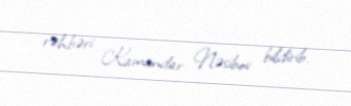
rəhbəri Kamandar Nəsibov bildirib.